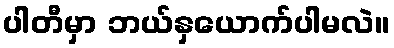
ပါတီမှာ ဘယ်နှယောက်ပါမလဲ။